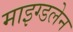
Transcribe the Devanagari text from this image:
माइग्डलेन